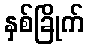
နှစ်ခြိုက်